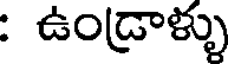
: ఉండ్రాళ్ళు